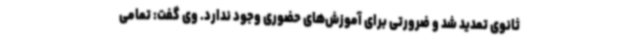
ثانوی تمدید شد و ضرورتی برای آموزش‌های حضوری وجود ندارد. وی گفت: تمامی